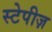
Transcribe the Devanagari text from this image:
स्टेपीज़